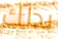
بذلك